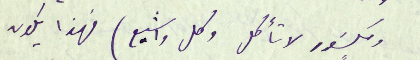
ومكسَور لا تأكل وكل واشبع) فهذا يكون